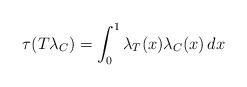
LaTeX: \begin{align*}\tau(T \lambda_C) = \int^1_0 \lambda_T(x) \lambda_C(x) \, dx\end{align*}